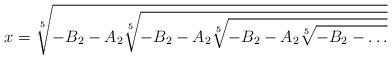
LaTeX: \begin{align*}x=\sqrt[5]{-B_2-A_2\sqrt[5]{-B_2-A_2\sqrt[5]{-B_2-A_2\sqrt[5]{-B_2-\ldots}}}}\end{align*}